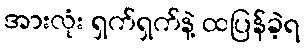
အားလုံး ရှက်ရှက်နဲ့ ထပြန်ခဲ့ရ